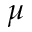
\mu